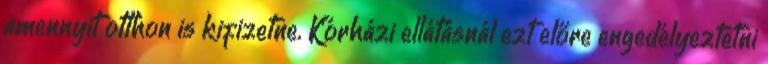
amennyit otthon is kifizetne. Kórházi ellátásnál ezt előre engedélyeztetni